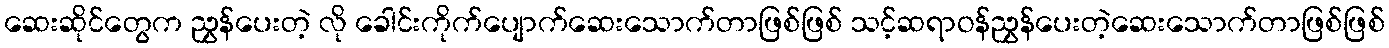
ဆေးဆိုင်တွေက ညွှန်ပေးတဲ့ လို ခေါင်းကိုက်ပျောက်ဆေးသောက်တာဖြစ်ဖြစ် သင့်ဆရာဝန်ညွှန်ပေးတဲ့ဆေးသောက်တာဖြစ်ဖြစ်